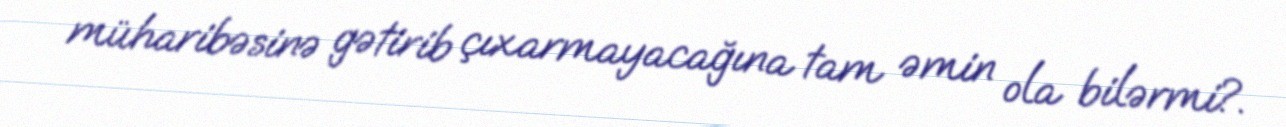
müharibəsinə gətirib çıxarmayacağına tam əmin ola bilərmi?.